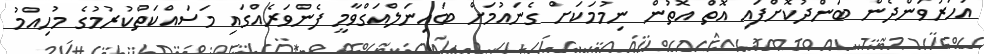
އަހަރުވަންދެން ބަންދުކޮށްފައި އޮތް އޮތުން ނިމުމަކަށް ގެނައުމަށް ބައިނަލްއަގްވާމީ ފެންވަރެއްގައި މަސައްކަތްކުރުމުގެ މުހިއްމު